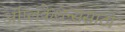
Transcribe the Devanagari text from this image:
अॅप्लिकेशन्ससाठी